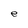
Character: e